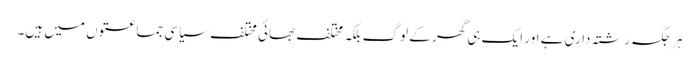
ہر جگہ رشتہ داری ہے اور ایک ہی گھر کے لوگ بلکہ مختلف بھائی مختلف سیاسی جماعتوں میں ہیں۔